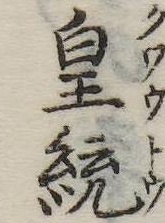
皇統